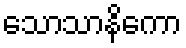
သောသာနိကော